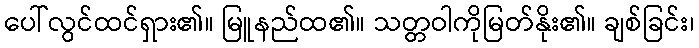
ပေါ်လွင်ထင်ရှား၏။ မြူနည်ထ၏။ သတ္တဝါကိုမြတ်နိုး၏။ ချစ်ခြင်း၊